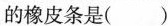
的橡皮条是( )